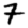
Digit: 7